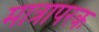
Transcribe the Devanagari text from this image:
मात्रापरक